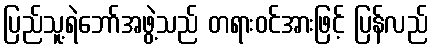
ပြည်သူ့ရဲဘော်အဖွဲ့သည် တရားဝင်အားဖြင့် ပြန်လည်